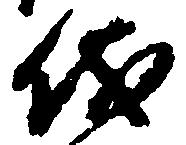
儀